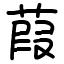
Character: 葭